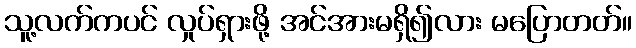
သူ့လက်ကပင် လှုပ်ရှားဖို့ အင်အားမရှိ၍လား မပြောတတ်။